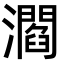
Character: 㶄